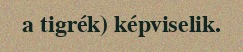
a tigrék) képviselik.